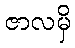
ဇာလမှိ